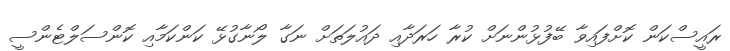
ރައީސްކަން ކޮށްފައިވާ ބޭފުޅުންނަށް ކުރާ ހަރަދާއި ދައުލަތަށް ނަގާ ލޯނާގުޅޭ ކަންކަމާއި ކޮންސަލްޓެންސީ